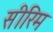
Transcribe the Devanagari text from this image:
सीरिम